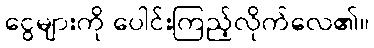
ငွေများကို ပေါင်းကြည့်လိုက်လေ၏။